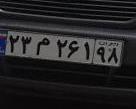
۲۳م۲۶۱۹۸